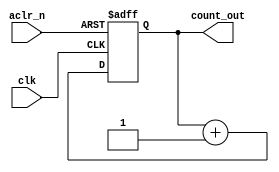
module counter (

	input								    clk       ,
	input								    aclr_n    ,
	output reg		[1:0]			count_out


);
  
  
	always @(posedge clk, negedge aclr_n) begin
		if (!aclr_n)
			count_out <= 2'b00;
		else
			count_out <= count_out + 1;
	end		

endmodule